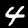
Digit: 4